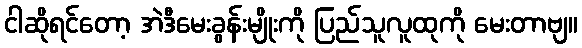
ငါဆိုရင်တော့ အဲဒီမေးခွန်းမျိုးကို ပြည်သူလူထုကို မေးတာဗျ။